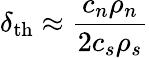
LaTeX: \delta_{\mathrm{th}}\approx\frac{c_{n}\rho_{n}}{2c_{s}\rho_{s}}